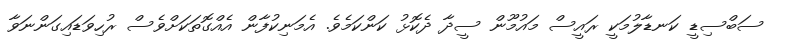
ސަބްސިޑީ ކަނޑާލުމަކީ ރައީސް މައުމޫން ސީދާ ދެކޮޅު ކަންކަމެވެ. އެމަނިކުފާން އެއްގޮތަކަށްވެސް ރުހިވަޑައިގަންނަވާ